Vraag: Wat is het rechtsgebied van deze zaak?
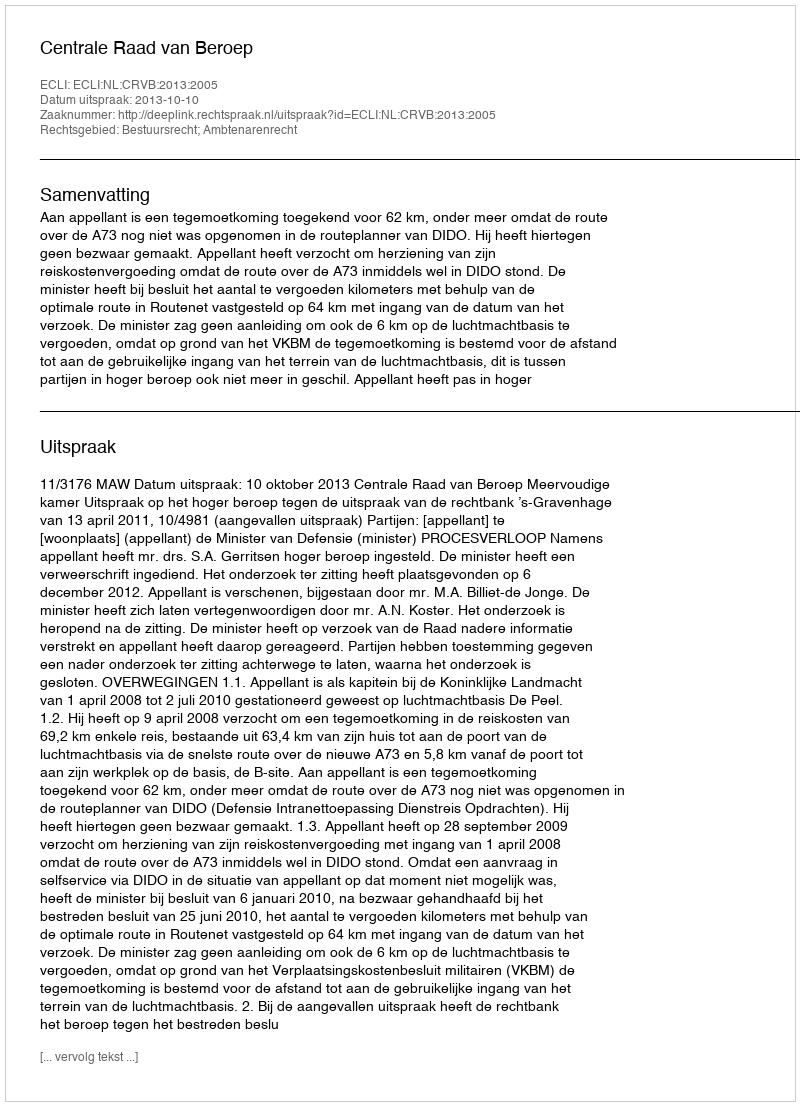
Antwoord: Bestuursrecht; Ambtenarenrecht